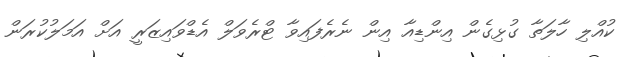
ކުއްލި ހާލަތާ ގުޅިގެން އިންޑިއާ އިން ނެރެފައިވާ ޓްރެވަލް އެޑްވައިޒަރީ އަށް އަމަލުކުރަން